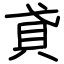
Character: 貣